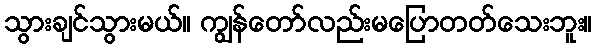
သွားချင်သွားမယ်။ ကျွန်တော်လည်းမပြောတတ်သေးဘူး။